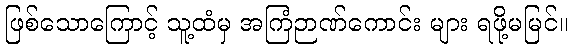
ဖြစ်သောကြောင့် သူ့ထံမှ အကြံဉာဏ်ကောင်း များ ရဖို့မမြင်။